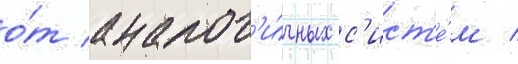
о́т аналог'и́чных с'ист'е́м /